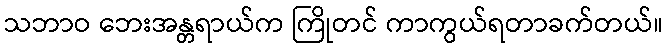
သဘာဝ ဘေးအန္တရာယ်က ကြိုတင် ကာကွယ်ရတာခက်တယ်။